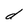
Character: d